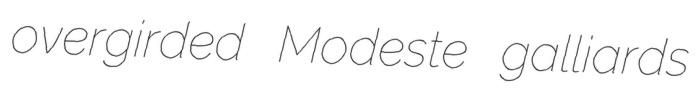
overgirded Modeste galliards